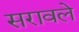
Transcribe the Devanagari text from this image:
सरावले